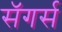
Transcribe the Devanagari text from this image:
सॅगर्स